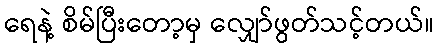
ရေနဲ့ စိမ်ပြီးတော့မှ လျှော်ဖွတ်သင့်တယ်။